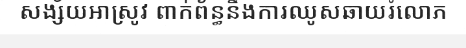
សង្ស័យអាស្រូវ ពាក់ព័ន្ធនឹងការឈូសឆាយរំលោភ